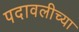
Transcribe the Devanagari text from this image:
पदावलीच्या